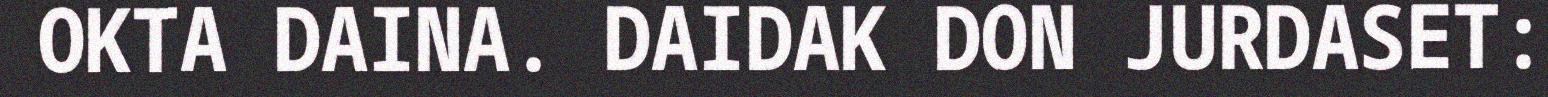
OKTA DAINA. DAIDAK DON JURDASET: